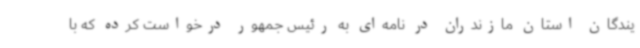
یندگان استان مازندران در نامه‌ای به رئیس جمهور درخواست کرده که با